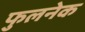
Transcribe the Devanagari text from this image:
फुलनेक